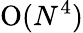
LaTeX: \mathrm{O}(N^{4})